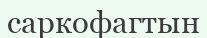
саркофагтын